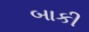
બાકી